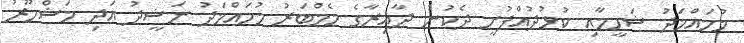
މުހައްމަދު ޝަހީމާއި ކުޅުދުއްފުށީ ދެކުނު ދާއިރާގެ މެމްބަރު މުހައްމަދު ނަޝީދު އަދި މަޝްހޫރު